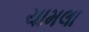
ચામલા